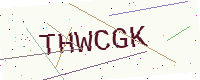
Text: THWCGK